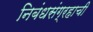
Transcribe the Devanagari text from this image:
निबंधसंग्रहाची